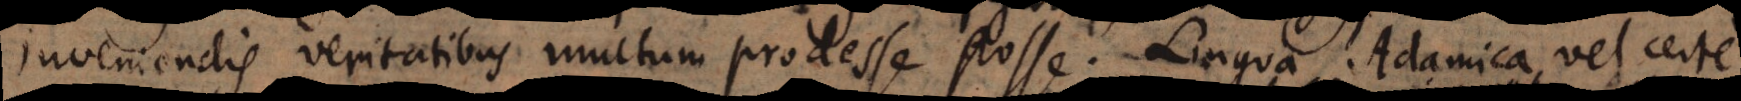
inveniendis veritatibus multum prodesse posse. Lingua Adamica, vel certe